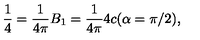
\frac { 1 } { 4 } = \frac { 1 } { 4 \pi } B _ { 1 } = \frac { 1 } { 4 \pi } 4 c ( \alpha = \pi / 2 ) { , }